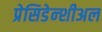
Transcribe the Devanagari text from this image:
प्रेसिडेन्शीअल